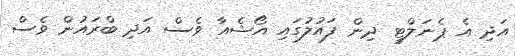
އަދި އެ ޕެނަލްޓީ ދިން ފައުލުގައި އޯޝެއާ ވެސް އަދި ބްރައުން ވެސް